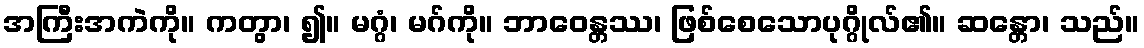
အကြီးအကဲကို။ ကတွာ၊ ၍။ မဂ္ဂံ၊ မဂ်ကို။ ဘာဝေန္တဿ၊ ဖြစ်စေသောပုဂ္ဂိုလ်၏။ ဆန္တော၊ သည်။